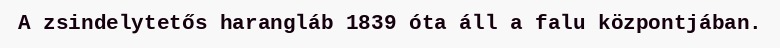
A zsindelytetős harangláb 1839 óta áll a falu központjában.